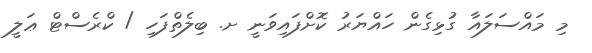
މި މައްސަލައާ ގުޅިގެން ހައްޔަރު ކޮށްފައިވަނީ ށ. ބިލެތްފަހި / ކްރެސްޓް ޢަލީ